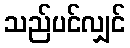
သည်ပင်လျှင်